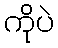
ကိုပဲ